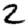
Digit: 2